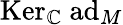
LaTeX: \mathrm{Ker}_{\mathbb{C}}\ \mathrm{ad}_{M}